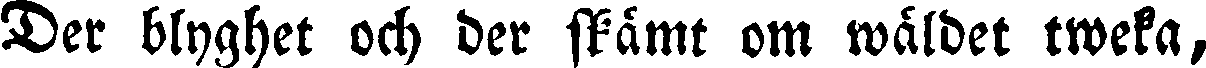
Der blyghet och der skämt om wåldet tweka,